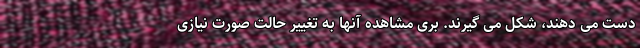
دست می دهند، شکل می گیرند. بری مشاهده آنها به تغییر حالت صورت نیازی